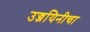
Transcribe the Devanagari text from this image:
उज्जयिनीचा